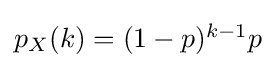
{\textstyle p_{X}(k)=(1-p)^{k-1}p}